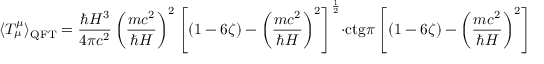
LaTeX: \langle T _ { \mu } ^ { \mu } \rangle _ { \mathrm { Q F T } } = \frac { \hbar H ^ { 3 } } { 4 \pi c ^ { 2 } } \left( \frac { m c ^ { 2 } } { \hbar H } \right) ^ { 2 } \left\lbrack ( 1 - 6 \zeta ) - \left( \frac { m c ^ { 2 } } { \hbar H } \right) ^ { 2 } \right\rbrack ^ { \frac { 1 } { 2 } } \cdot \mathrm { c t g } \: \pi \left\lbrack ( 1 - 6 \zeta ) - \left( \frac { m c ^ { 2 } } { \hbar H } \right) ^ { 2 } \right\rbrack ^ { \frac { 1 } { 2 } }